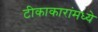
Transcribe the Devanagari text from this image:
टीकाकारांमध्ये